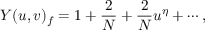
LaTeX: Y ( u , v ) _ { f } = 1 + \frac { 2 } { N } + \frac { 2 } { N } u ^ { \eta } + \cdots ,